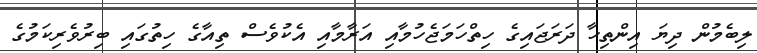
ލިބެމުން ދިޔަ އިންތިހާ ދަރަޖައިގެ ހިތްހަމަޖެހުމާއި އަރާމާއި އެކުވެސް ތިއާގެ ހިތުގައި ބިރުވެރިކަމުގެ